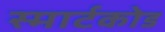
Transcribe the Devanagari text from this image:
स्मार्टकोड